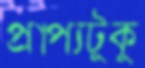
প্রাপ্যটুকু